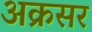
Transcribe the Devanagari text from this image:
अक्रसर